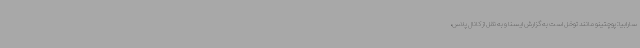
سارابیا: پوچتینو مانند توخل است به گزارش ایسنا و به نقل از کانال پلاس،